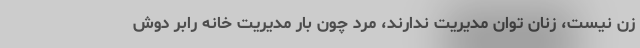
زن نیست، زنان توان مدیریت ندارند، مرد چون بار مدیریت خانه رابر دوش